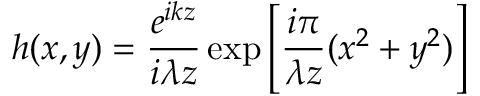
h ( x , y ) = \frac { e ^ { i k z } } { i \lambda z } \exp \left[ \frac { i \pi } { \lambda z } ( x ^ { 2 } + y ^ { 2 } ) \right]